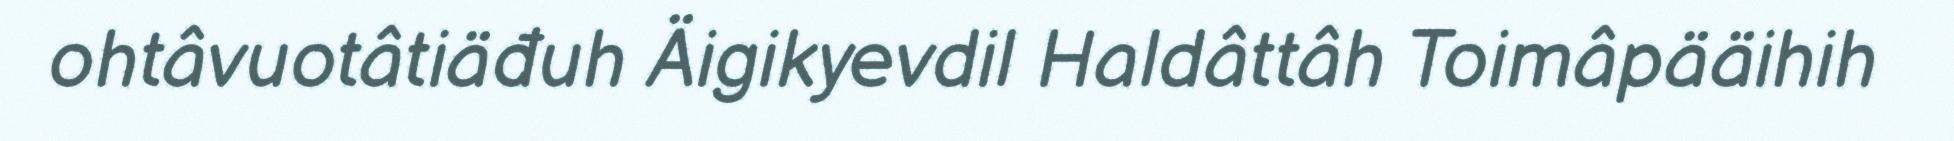
ohtâvuotâtiäđuh Äigikyevdil Haldâttâh Toimâpääihih